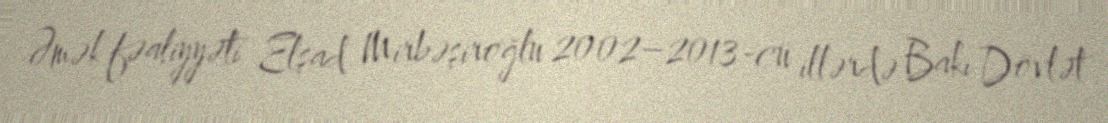
Əmək fəaliyyəti Elşad Mirbəşiroğlu 2002–2013-cü illərdə Bakı Dövlət